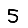
Digit: 5